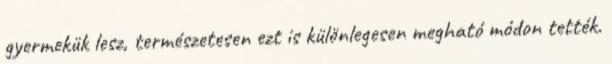
gyermekük lesz, természetesen ezt is különlegesen megható módon tették.